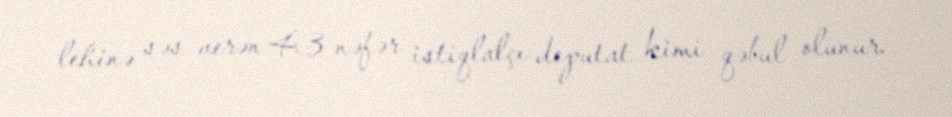
lehinə səs verən 43 nəfər istiqlalçı deputat kimi qəbul olunur.